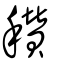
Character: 穳